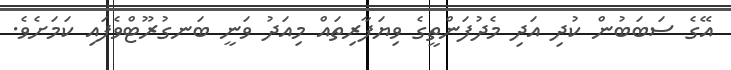
އޭގެ ސަބަބުން ކުދި އަދި މެދުފަންތީގެ ވިޔަފާރިތައް މިއަދު ވަނީ ބަނގުރޫޓްވެފައި ކަމަށެވެ.